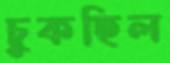
চুকছিল